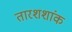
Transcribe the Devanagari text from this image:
तारशशांक